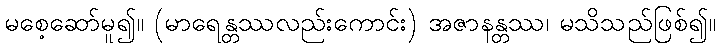
မစေ့ဆော်မူ၍။ (မာရေန္တဿလည်းကောင်း) အဇာနန္တဿ၊ မသိသည်ဖြစ်၍။